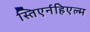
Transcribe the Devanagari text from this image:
स्तिएर्नहिएल्म